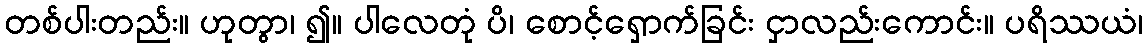
တစ်ပါးတည်း။ ဟုတွာ၊ ၍။ ပါလေတုံ ပိ၊ စောင့်ရှောက်ခြင်း ငှာလည်းကောင်း။ ပရိဿယံ၊